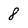
Character: 8